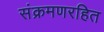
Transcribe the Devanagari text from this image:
संक्रमणरहित